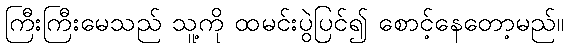
ကြီးကြီးမေသည် သူ့ကို ထမင်းပွဲပြင်၍ စောင့်နေတော့မည်။